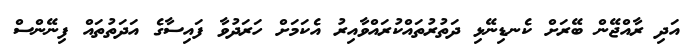
އަދި ރާއްޖޭން ބޭރަށް ކެނޑިނޭޅި ދަތުރުތައްކުރައްވާއިރު އެކަމަށް ހަރަދުވާ ފައިސާގެ އަދަތުތައް ފިނޭންސް